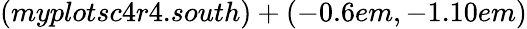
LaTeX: (myplotsc4r4.south)+(-0.6em,-1.10em)